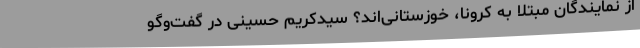
از نمایندگان مبتلا به کرونا، خوزستانی‌اند؟ سیدکریم حسینی در گفت‌وگو